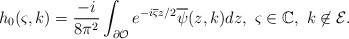
LaTeX: \begin{align*} h_0(\varsigma,k) =\frac{-i}{8\pi^2} \int_{\partial\mathcal O}e^{-i\overline{\varsigma}z/2}\overline{\psi}(z,k)dz, ~ \varsigma \in \mathbb C,~ k \not \in \mathcal E.\end{align*}